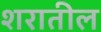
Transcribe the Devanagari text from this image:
शरातील